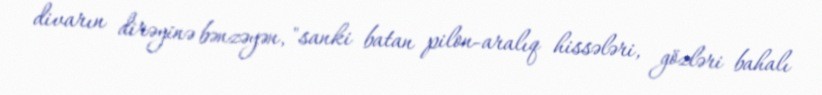
divarın dirəyinə bənzəyən, "sanki batan pilon-aralıq hissələri, gözləri bahalı